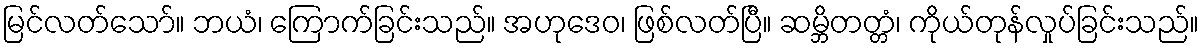
မြင်လတ်သော်။ ဘယံ၊ ကြောက်ခြင်းသည်။ အဟုဒေဝ၊ ဖြစ်လတ်ပြီ။ ဆမ္ဘိတတ္တံ၊ ကိုယ်တုန်လှုပ်ခြင်းသည်။